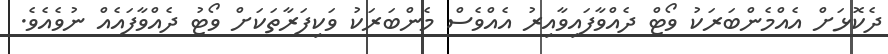
ދެކޮޅަށް އެއްމެންބަރަކު ވޯޓް ދެއްވާފައިވާއިރު އެއްވެސް މެންބަރަކު ވަކިފަރާތަކަށް ވޯޓު ދެއްވާފައެއް ނުވެއެވެ.